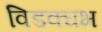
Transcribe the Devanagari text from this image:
विडक्घभ